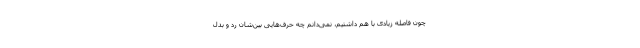
چون فاصله زیادی با هم داشتیم، نمی‌دانم چه حرف‌هایی بین‌شان رد و بدل